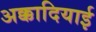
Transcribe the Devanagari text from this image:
अक्कादियाई